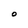
Character: O